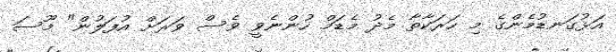
އަޅުގަނޑުމެންގެ މި ހަރަކާތާ މެދު މެޑަމް ހުންނެވީ ވެސް ވަރަށް އުފަލުން" މޫސަ